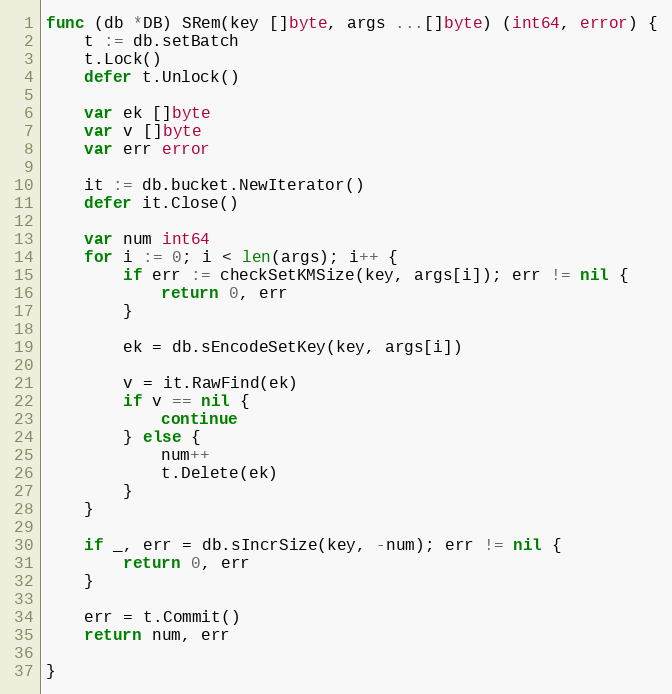
Language: Go
func (db *DB) SRem(key []byte, args ...[]byte) (int64, error) {
	t := db.setBatch
	t.Lock()
	defer t.Unlock()

	var ek []byte
	var v []byte
	var err error

	it := db.bucket.NewIterator()
	defer it.Close()

	var num int64
	for i := 0; i < len(args); i++ {
		if err := checkSetKMSize(key, args[i]); err != nil {
			return 0, err
		}

		ek = db.sEncodeSetKey(key, args[i])

		v = it.RawFind(ek)
		if v == nil {
			continue
		} else {
			num++
			t.Delete(ek)
		}
	}

	if _, err = db.sIncrSize(key, -num); err != nil {
		return 0, err
	}

	err = t.Commit()
	return num, err

}